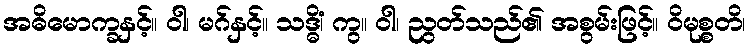
အဓိမောက္ခနှင့်။ ဝါ၊ မဂ်နှင့်။ သဒ္ဓိံ၊ ကွ။ ဝါ၊ ညွတ်သည်၏ အစွမ်းဖြင့်။ ဝိမုစ္စတိ၊